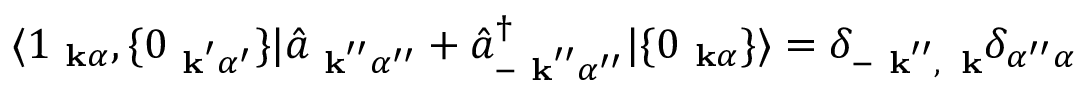
\langle 1 _ { \mathrm { \bf ~ k } \alpha } , \{ 0 _ { \mathrm { \bf ~ k } ^ { \prime } \alpha ^ { \prime } } \} | \hat { a } _ { \mathrm { \bf ~ k } ^ { \prime \prime } \alpha ^ { \prime \prime } } + \hat { a } _ { - \mathrm { \bf ~ k } ^ { \prime \prime } \alpha ^ { \prime \prime } } ^ { \dagger } | \{ 0 _ { \mathrm { \bf ~ k } \alpha } \} \rangle = \delta _ { - \mathrm { \bf ~ k } ^ { \prime \prime } , \, \mathrm { \bf ~ k } } \delta _ { \alpha ^ { \prime \prime } \alpha }